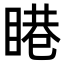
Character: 𥈩